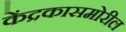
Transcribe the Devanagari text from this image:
केंद्रकासमोरील